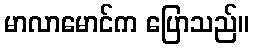
မာလာမောင်က ပြောသည်။